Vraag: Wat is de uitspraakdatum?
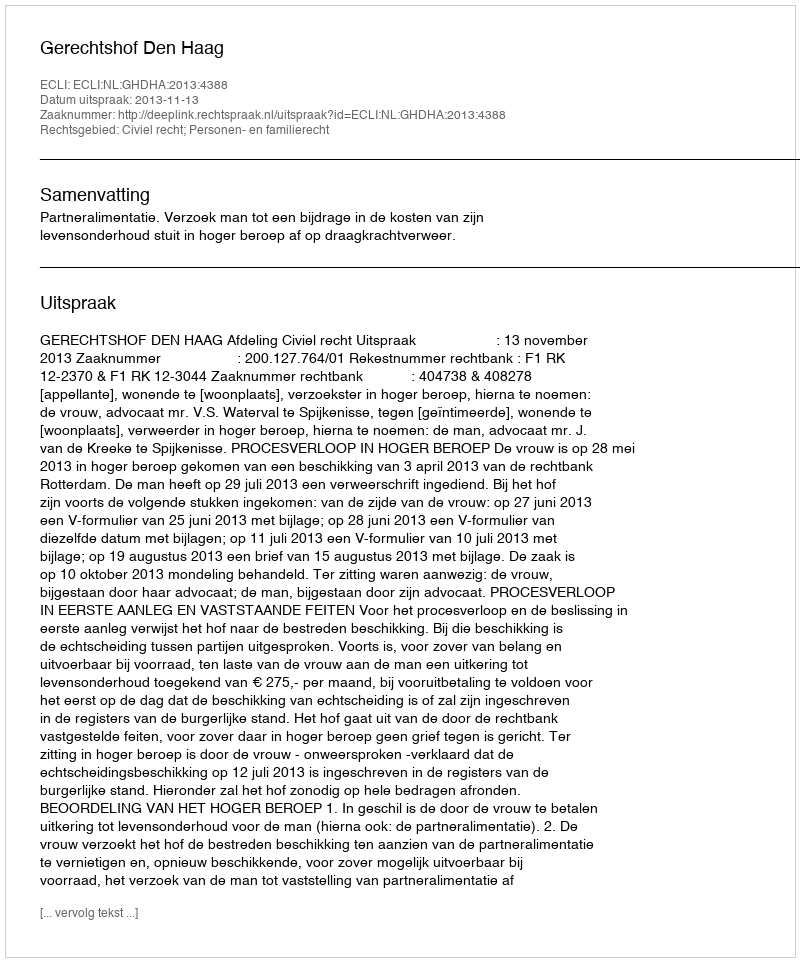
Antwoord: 2013-11-13